Civil Veterinary Dept. Bombay admin report 1932-41 - 1932-1941
Year: 1932
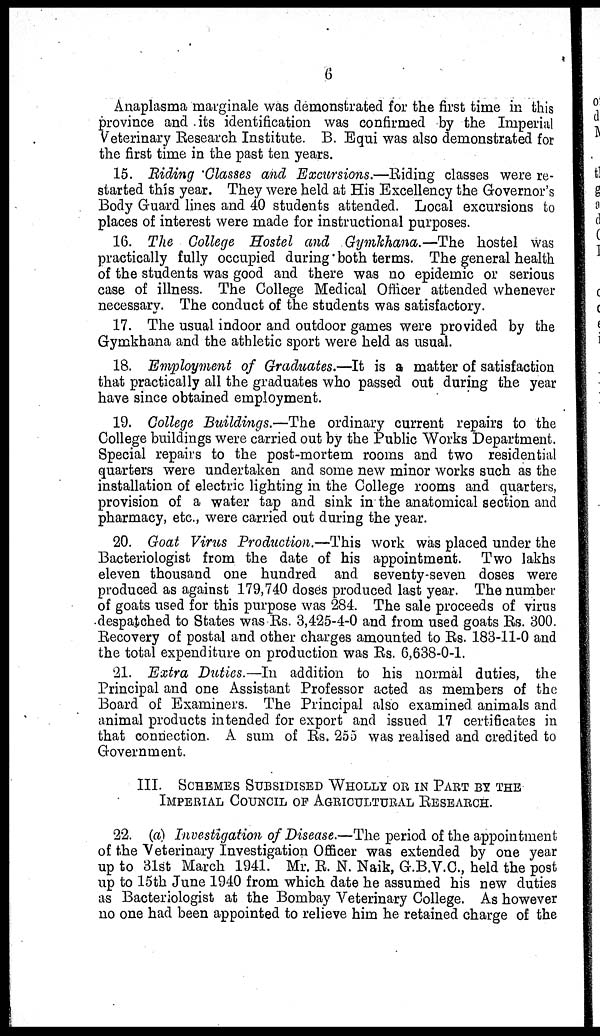
6
Anaplasma marginale was demonstrated for the first time in this
province and its identification was confirmed by the Imperial
Veterinary Research Institute. B. Equi was also demonstrated for
the first time in the past ten years.
15. Riding Classes and Excursions.—Riding classes were re-
started this year. They were held at His Excellency the Governor's
Body Guard lines and 40 students attended. Local excursions to
places of interest were made for instructional purposes.
16. The College Hostel and Gymkhana.—The hostel was
practically fully occupied during both terms. The general health
of the students was good and there was no epidemic or serious
case of illness. The College Medical Officer attended whenever
necessary. The conduct of the students was satisfactory.
17. The usual indoor and outdoor games were provided by the
Gymkhana and the athletic sport were held as usual.
18. Employment of Graduates.—It is a matter of satisfaction
that practically all the graduates who passed out during the year
have since obtained employment.
19. College Buildings.—The ordinary current repairs to the
College buildings were carried out by the Public Works Department.
Special repairs to the post-mortem rooms and two residential
quarters were undertaken and some new minor works such as the
installation of electric lighting in the College rooms and quarters,
provision of a water tap and sink in the anatomical section and
pharmacy, etc., were carried out during the year.
20. Goat Virus Production.—This work was placed under the
Bacteriologist from the date of his appointment. Two lakhs
eleven thousand one hundred and seventy-seven doses were
produced as against 179,740 doses produced last year. The number
of goats used for this purpose was 284. The sale proceeds of virus
despatched to States was Rs. 3,425-4-0 and from used goats Rs. 300
Recovery of postal and other charges amounted to Rs- 183-11-0 and
the total expenditure on production was Rs. 6,638-0-1.
21. Extra Duties.—In addition to his normal duties, the
Principal and one Assistant Professor acted as members of the
Board of Examiners. The Principal also examined animals and
animal products intended for export and issued 17 certificates in
that connection. A sum of Rs. 255 was realised and credited to
Government.
III. SCHEMES SUBSIDISED WHOLLY OR IN PART BY THE
IMPERIAL COUNCIL OF AGRICULTURAL RESEARCH.
22. (a) Investigation of Disease.—The period of the appointment
of the Veterinary Investigation Officer was extended by one year
up to 31st March 1941. Mr. R. N. Naik, G.B.V.C., held the post
up to 15th June 1940 from which date he assumed his new duties
as Bacteriologist at the Bombay Veterinary College. As however
no one had been appointed to relieve him he retained charge of the